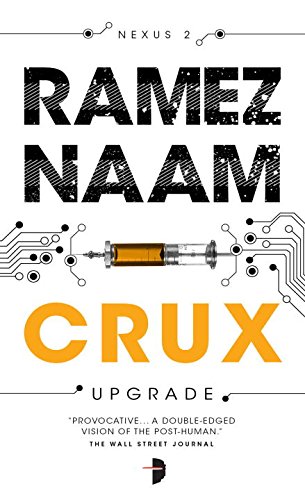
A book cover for Crux: Nexus Arc Book 2; Ramez Naam; Mystery, Thriller & Suspense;